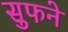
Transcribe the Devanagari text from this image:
सुफने